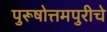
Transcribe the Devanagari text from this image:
पुरूषोत्तमपुरीचे